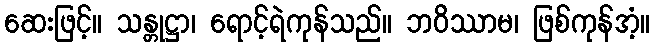
ဆေးဖြင့်။ သန္တုဋ္ဌာ၊ ရောင့်ရဲကုန်သည်။ ဘဝိဿာမ၊ ဖြစ်ကုန်အံ့။